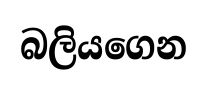
බලියගෙන